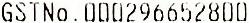
GSTNO.000296652800